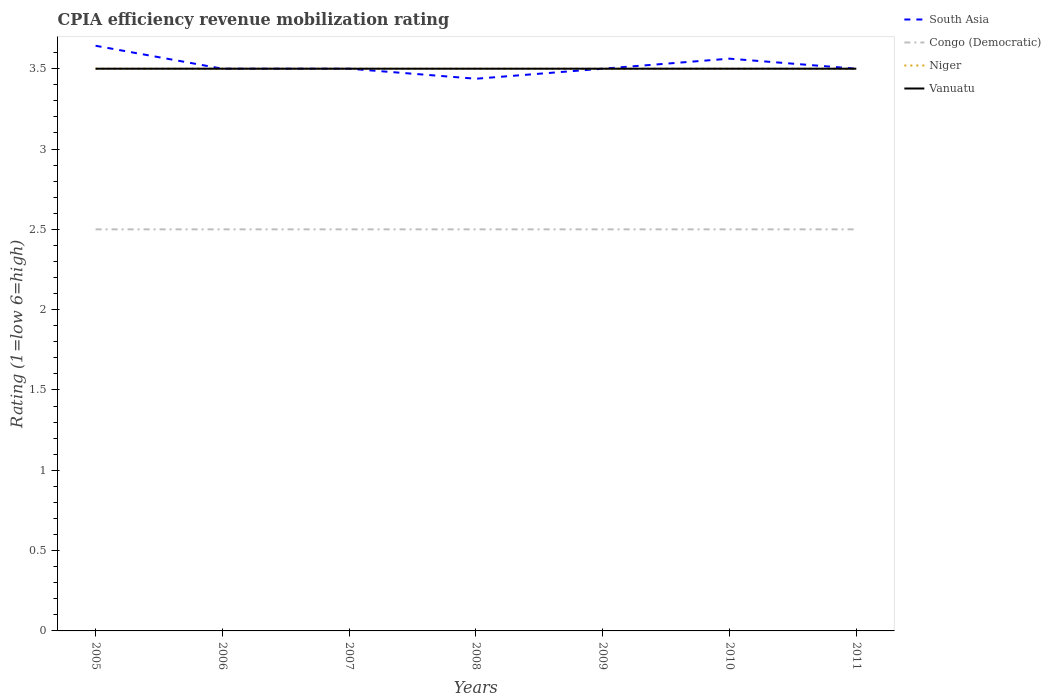
| Years | South Asia | Congo (Democratic) | Niger | Vanuatu |
 | --- | --- | --- | --- | --- |
 | 2005 | 3.64 | 2.5 | 3.5 | 3.5 |
 | 2006 | 3.5 | 2.5 | 3.5 | 3.5 |
 | 2007 | 3.5 | 2.5 | 3.5 | 3.5 |
 | 2008 | 3.44 | 2.5 | 3.5 | 3.5 |
 | 2009 | 3.5 | 2.5 | 3.5 | 3.5 |
 | 2010 | 3.56 | 2.5 | 3.5 | 3.5 |
 | 2011 | 3.5 | 2.5 | 3.5 | 3.5 |